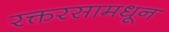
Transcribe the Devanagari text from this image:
रक्तरसामधून